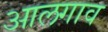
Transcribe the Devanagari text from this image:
आलगाव